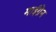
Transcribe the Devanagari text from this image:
माईग्रेन